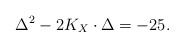
LaTeX: \begin{align*}\Delta^2-2K_X \cdot \Delta =-25.\end{align*}